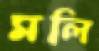
মলি